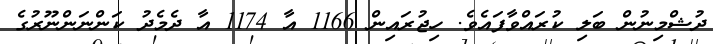
ދުޝްމިނުން ބަލި ކުރައްވާފައެވެ. ހިޖުރައިން 1166 އާ 1174 އާ ދެމެދު ކަންނަންނޫރުގެ